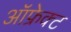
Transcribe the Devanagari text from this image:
ऑफ्रेक्ट